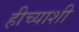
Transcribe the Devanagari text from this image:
हीच्याशी